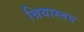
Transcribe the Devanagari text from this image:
श्रिवास्तव